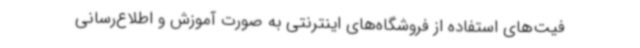
فیت‌های استفاده از فروشگاه‌های اینترنتی به صورت آموزش و اطلاع‌رسانی